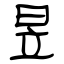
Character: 昱